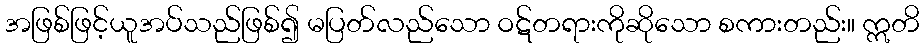
အဖြစ်ဖြင့်ယူအပ်သည်ဖြစ်၍ မပြတ်လည်သော ဝဋ်တရားကိုဆိုသော စကားတည်း။ ဣတိ